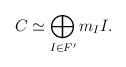
LaTeX: \begin{align*}C \simeq \bigoplus_{I \in F'} m_I I.\end{align*}